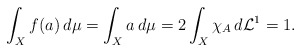
\begin{align*}\int_{X}f(a)\,d\mu=\int_{X}a\,d\mu= 2\int_X\chi_A\,d\mathcal L^1=1.\end{align*}